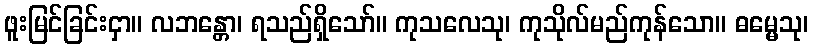
ဖူးမြင်ခြင်းငှာ။ လဘန္တော၊ ရသည်ရှိသော်။ ကုသလေသု၊ ကုသိုလ်မည်ကုန်သော။ ဓမ္မေသု၊